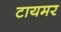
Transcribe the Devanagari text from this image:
टायमर